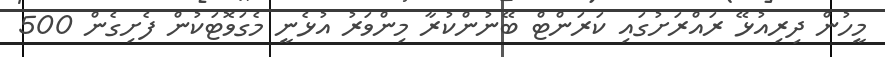
މީހުން ދިރިއުޅޭ ރައްރަށުގައި ކަރަންޓް ބޭނުންކުރާ މިންވަރު އުޅެނީ މެގަވޮޓަކުން ފެށިގެން 500